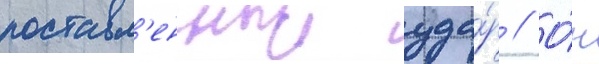
поставл'енныи уда́р // О́н